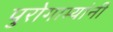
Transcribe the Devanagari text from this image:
पुरोगाम्यांनी